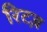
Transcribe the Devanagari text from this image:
रिटज़